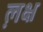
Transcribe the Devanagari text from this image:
ल़क्ष